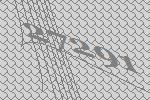
27291